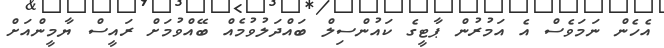
އެހެން ނަމަވެސް އެ އަމުރުން ޕާޓީގެ ކައުންސިލް ބައްދަލުވުމެއް ބޭއްވުމަށް ރައީސް ޔާމީންއަށް